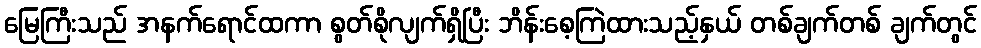
မြေကြီးသည် အနက်ရောင်ထကာ စွတ်စိုလျက်ရှိပြီး ဘိန်းစေ့ကြဲထားသည့်နှယ် တစ်ချက်တစ် ချက်တွင်